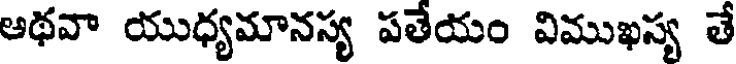
ఆథవా యుధ్యమానస్య పతేయం విముఖస్య తే